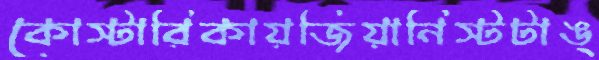
কোস্টারিকায়জিয়ানিস্টটাঙ্